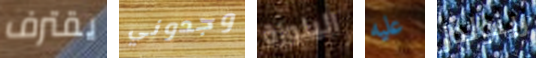
يقترف وجدوني البلوزة عليه رينولدز